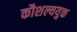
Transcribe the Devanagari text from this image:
कौशल्ययुक्त